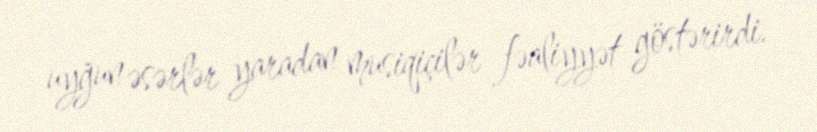
uyğun əsərlər yaradan musiqiçilər fəaliyyət göstərirdi.